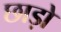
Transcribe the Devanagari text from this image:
छाड़ो